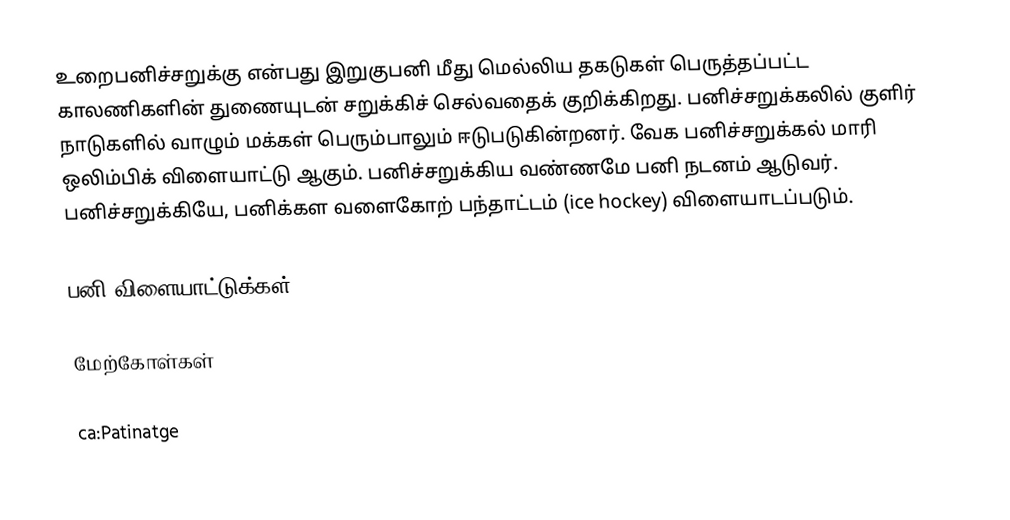
உறைபனிச்சறுக்கு என்பது இறுகுபனி மீது மெல்லிய தகடுகள் பெருத்தப்பட்ட காலணிகளின் துணையுடன் சறுக்கிச் செல்வதைக் குறிக்கிறது. பனிச்சறுக்கலில் குளிர் நாடுகளில் வாழும் மக்கள் பெரும்பாலும் ஈடுபடுகின்றனர். வேக பனிச்சறுக்கல் மாரி ஒலிம்பிக் விளையாட்டு ஆகும். பனிச்சறுக்கிய வண்ணமே பனி நடனம் ஆடுவர். பனிச்சறுக்கியே, பனிக்கள வளைகோற் பந்தாட்டம் (ice hockey) விளையாடப்படும்.

பனி விளையாட்டுக்கள்

மேற்கோள்கள்

ca:Patinatge